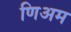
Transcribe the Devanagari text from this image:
णिअम